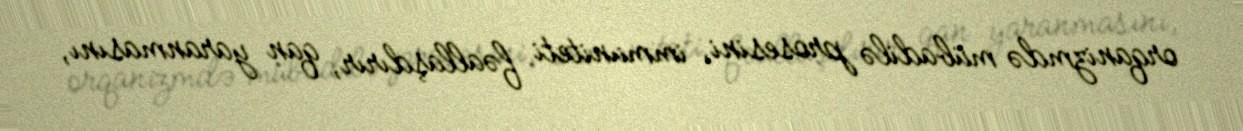
orqanizmdə mübadilə prosesini, immuniteti fəallaşdırır, qan yaranmasını,